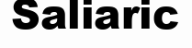
Saliaric